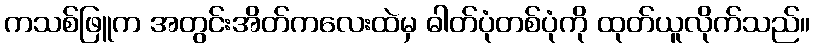
ကသစ်ဖြူက အတွင်းအိတ်ကလေးထဲမှ ဓါတ်ပုံတစ်ပုံကို ထုတ်ယူလိုက်သည်။